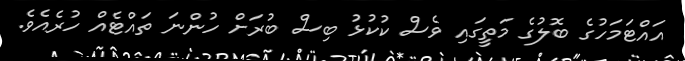
އައްޓަމަހުގެ ބޮލުގެ މަތީގައި ވެސް ކުކުޅު ބިސް ބުރަށް ހުންނަ ތައްޓެއް ހުރެއެވެ.